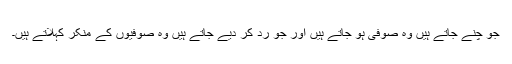
جو چُنے جاتے ہیں وہ صوفی ہو جاتے ہیں اور جو رد کر دیے جاتے ہیں وہ صوفیوں کے منکر کہلاتے ہیں۔